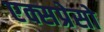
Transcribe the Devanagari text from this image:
एक्सप्रेसो